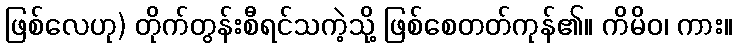
ဖြစ်လေဟု) တိုက်တွန်းစီရင်သကဲ့သို့ ဖြစ်စေတတ်ကုန်၏။ ကိမိဝ၊ ကား။